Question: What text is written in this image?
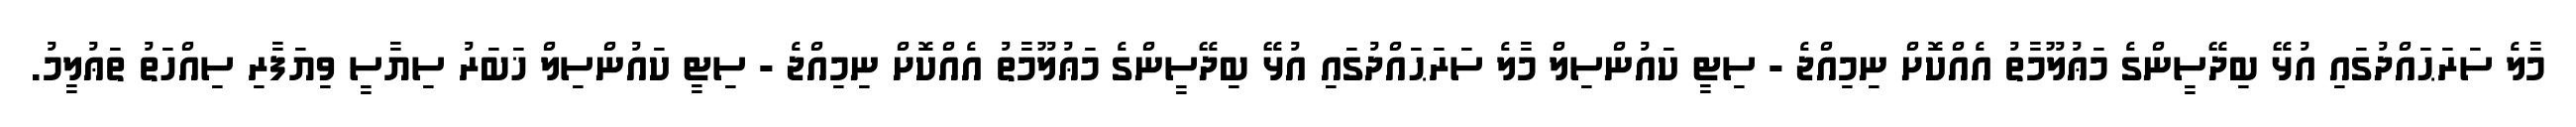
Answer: މާލެ ސަރަޙައްދުގައި އުޅޭ ބިދޭސީންގެ މަޢުލޫމާތު އެއްކޮށް ނިމިއްޖެ - ސިޓީ ކައުންސިލް މާލެ ސަރަޙައްދުގައި އުޅޭ ބިދޭސީންގެ މަޢުލޫމާތު އެއްކޮށް ނިމިއްޖެ - ސިޓީ ކައުންސިލް ޚަބަރު ސިޔާސީ ވިޔަފާރި ސިއްހަތު ތަޢުލީމު.